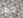
تحظر